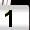
Digit: 1